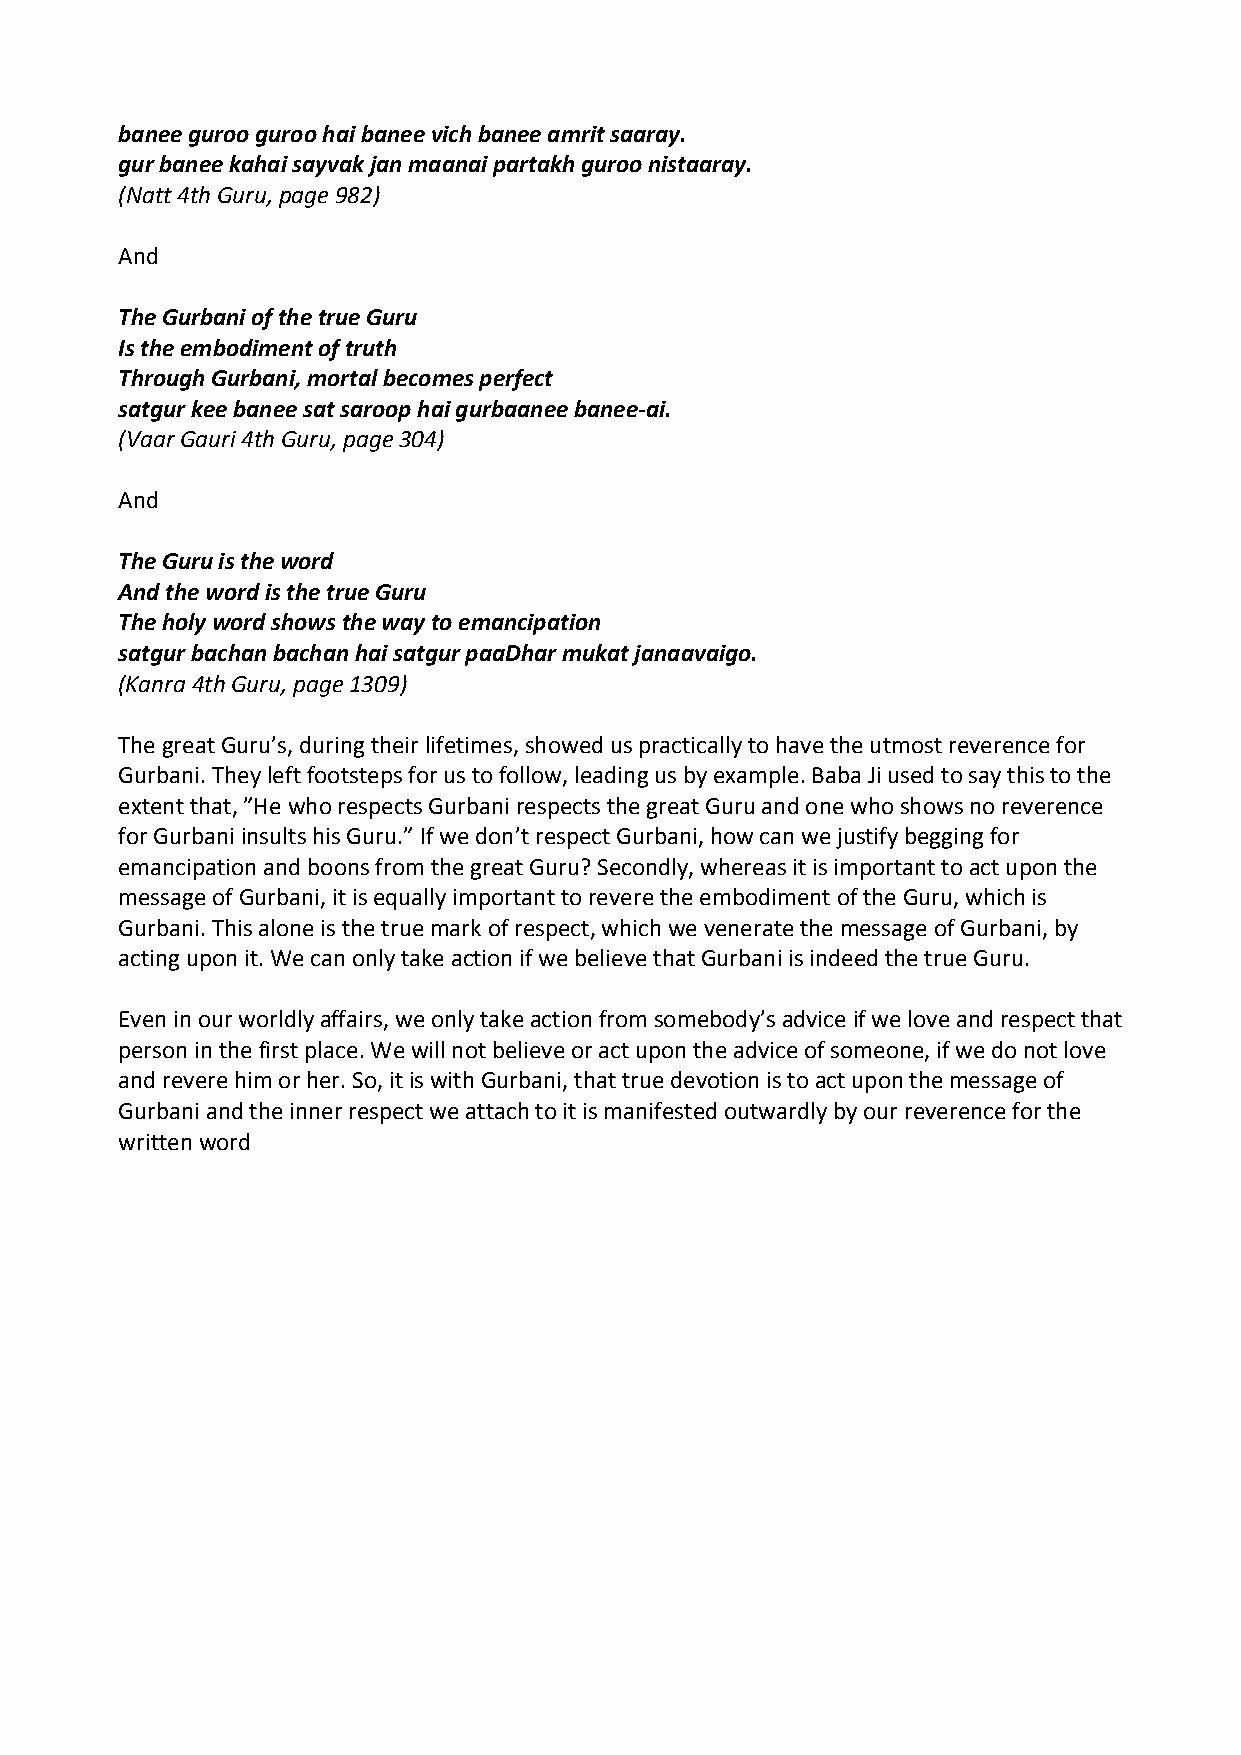
banee guroo guroo hai banee vich banee amrit saaray.
 gur banee kahai sayvak jan maanai partakh guroo nistaaray.
 (Natt 4th Guru, page 982)
 And
 The Gurbani of the true Guru
 Is the embodiment of truth
 Through Gurbani, mortal becomes perfect
 satgur kee banee sat saroop hai gurbaanee banee‐ai.
 (Vaar Gauri 4th Guru, page 304)
 And
 The Guru is the word
 And the word is the true Guru
 The holy word shows the way to emancipation
 satgur bachan bachan hai satgur paaDhar mukat janaavaigo.
 (Kanra 4th Guru, page 1309)
 The great Guru’s, during their lifetimes, showed us practically to have the utmost reverence for
 Gurbani. They left footsteps for us to follow, leading us by example. Baba Ji used to say this to the
 extent that, ”He who respects Gurbani respects the great Guru and one who shows no reverence
 for Gurbani insults his Guru.” If we don’t respect Gurbani, how can we justify begging for
 emancipation and boons from the great Guru? Secondly, whereas it is important to act upon the
 message of Gurbani, it is equally important to revere the embodiment of the Guru, which is
 Gurbani. This alone is the true mark of respect, which we venerate the message of Gurbani, by
 acting upon it. We can only take action if we believe that Gurbani is indeed the true Guru.
 Even in our worldly affairs, we only take action from somebody’s advice if we love and respect that
 person in the first place. We will not believe or act upon the advice of someone, if we do not love
 and revere him or her. So, it is with Gurbani, that true devotion is to act upon the message of
 Gurbani and the inner respect we attach to it is manifested outwardly by our reverence for the
 written word